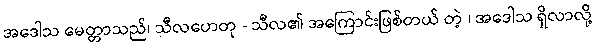
အဒေါသ မေတ္တာသည်၊ သီလဟေတု - သီလ၏ အကြောင်းဖြစ်တယ် တဲ့ ၊ အဒေါသ ရှိလာလို့